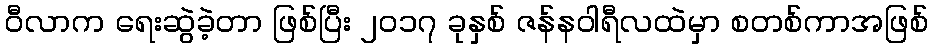
ဝီလာက ရေးဆွဲခဲ့တာ ဖြစ်ပြီး ၂၀၁၇ ခုနှစ် ဇန်နဝါရီလထဲမှာ စတစ်ကာအဖြစ်